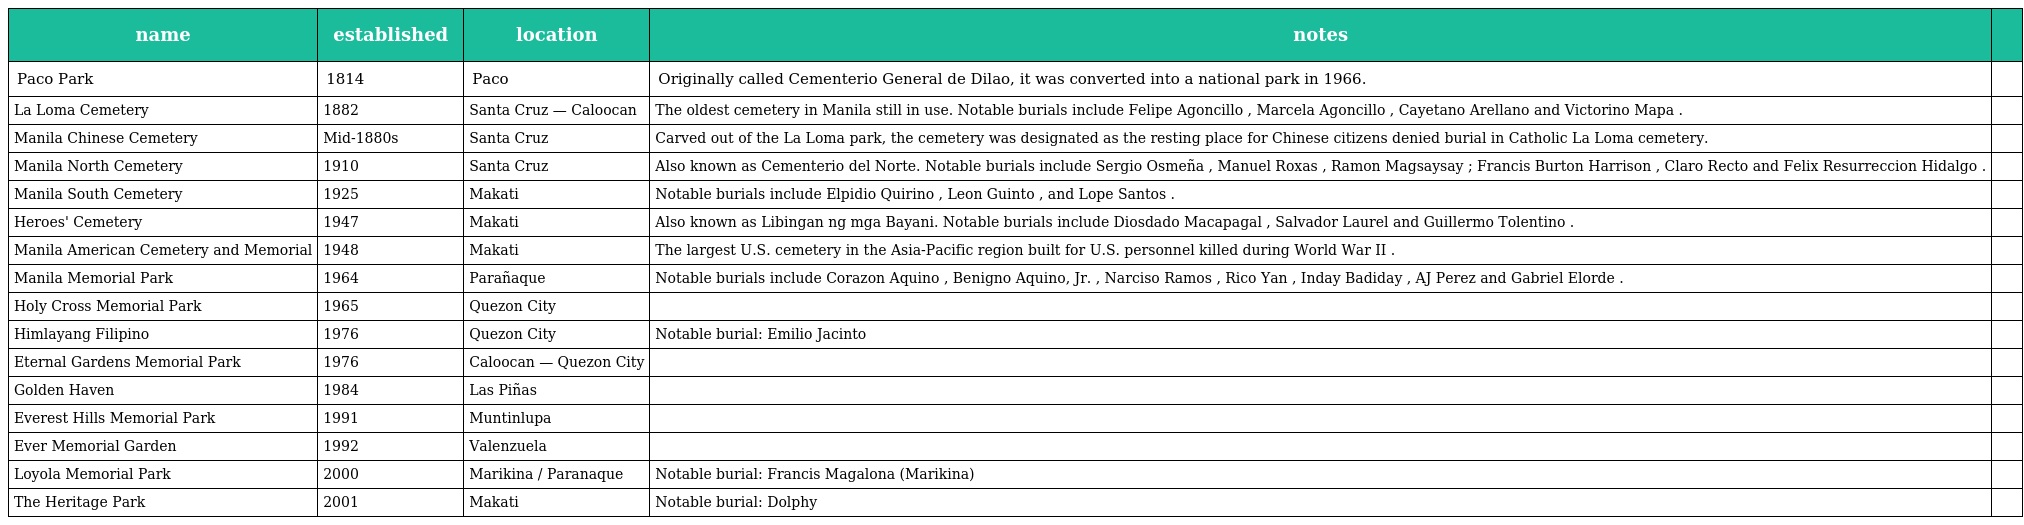
| name | established | location | notes |  |
 | --- | --- | --- | --- | --- |
 | Paco Park | 1814 | Paco | Originally called Cementerio General de Dilao, it was converted into a national park in 1966. |  |
 | La Loma Cemetery | 1882 | Santa Cruz — Caloocan | The oldest cemetery in Manila still in use. Notable burials include Felipe Agoncillo , Marcela Agoncillo , Cayetano Arellano and Victorino Mapa . |  |
 | Manila Chinese Cemetery | Mid-1880s | Santa Cruz | Carved out of the La Loma park, the cemetery was designated as the resting place for Chinese citizens denied burial in Catholic La Loma cemetery. |  |
 | Manila North Cemetery | 1910 | Santa Cruz | Also known as Cementerio del Norte. Notable burials include Sergio Osmeña , Manuel Roxas , Ramon Magsaysay ; Francis Burton Harrison , Claro Recto and Felix Resurreccion Hidalgo . |  |
 | Manila South Cemetery | 1925 | Makati | Notable burials include Elpidio Quirino , Leon Guinto , and Lope Santos . |  |
 | Heroes' Cemetery | 1947 | Makati | Also known as Libingan ng mga Bayani. Notable burials include Diosdado Macapagal , Salvador Laurel and Guillermo Tolentino . |  |
 | Manila American Cemetery and Memorial | 1948 | Makati | The largest U.S. cemetery in the Asia-Pacific region built for U.S. personnel killed during World War II . |  |
 | Manila Memorial Park | 1964 | Parañaque | Notable burials include Corazon Aquino , Benigno Aquino, Jr. , Narciso Ramos , Rico Yan , Inday Badiday , AJ Perez and Gabriel Elorde . |  |
 | Holy Cross Memorial Park | 1965 | Quezon City |  |  |
 | Himlayang Filipino | 1976 | Quezon City | Notable burial: Emilio Jacinto |  |
 | Eternal Gardens Memorial Park | 1976 | Caloocan — Quezon City |  |  |
 | Golden Haven | 1984 | Las Piñas |  |  |
 | Everest Hills Memorial Park | 1991 | Muntinlupa |  |  |
 | Ever Memorial Garden | 1992 | Valenzuela |  |  |
 | Loyola Memorial Park | 2000 | Marikina / Paranaque | Notable burial: Francis Magalona (Marikina) |  |
 | The Heritage Park | 2001 | Makati | Notable burial: Dolphy |  |